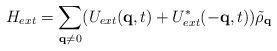
LaTeX: \begin{align*}H_{ext} = \sum_{ {\bf{q}} \neq 0 }(U_{ext}({\bf{q}},t) + U^{*}_{ext}(-{\bf{q}},t)){\tilde{\rho}}_{ {\bf{q}} }\end{align*}